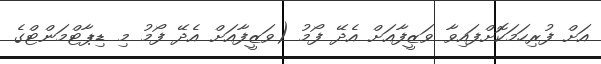
އަށް ފުރިހަމަކޮށްފައިވާ ވަޒީފާއަށް އެދޭ ފޯމު (ވަޒީފާއަށް އެދޭ ފޯމު މި ޑިޕާޓްމަންޓްގެ